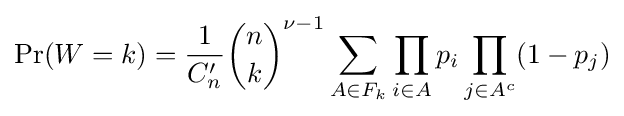
\Pr(W=k)={\frac {1}{C_{n}'}}{\binom {n}{k}}^{\nu -1}\sum _{A\in F_{k}}\prod _{i\in A}p_{i}\prod _{j\in A^{c}}(1-p_{j})